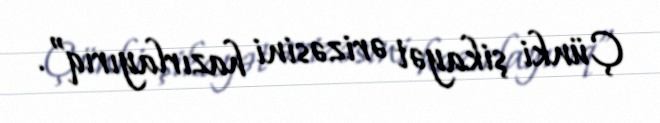
Çünki şikayət ərizəsini hazırlayırıq”.